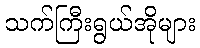
သက်ကြီးရွယ်အိုများ